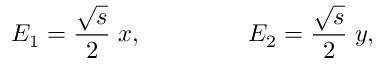
E _ { 1 } = \frac { \sqrt { s } } { 2 } \; x , ~ ~ ~ ~ ~ ~ ~ ~ ~ ~ ~ ~ ~ E _ { 2 } = \frac { \sqrt { s } } { 2 } \; y ,